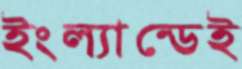
ইংল্যান্ডেই